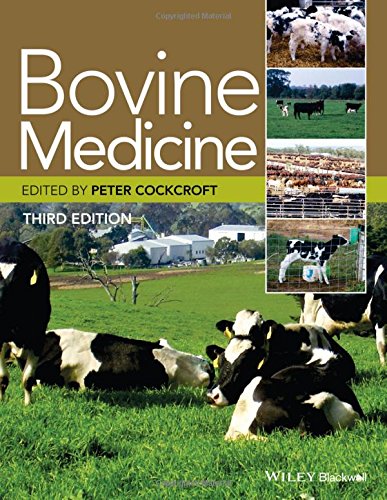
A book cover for Bovine Medicine; Medical Books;